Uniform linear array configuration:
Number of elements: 32
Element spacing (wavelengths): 0.75
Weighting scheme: hamming
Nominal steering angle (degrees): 45
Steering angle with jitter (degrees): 43.502
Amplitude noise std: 0.05
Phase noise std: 0.05

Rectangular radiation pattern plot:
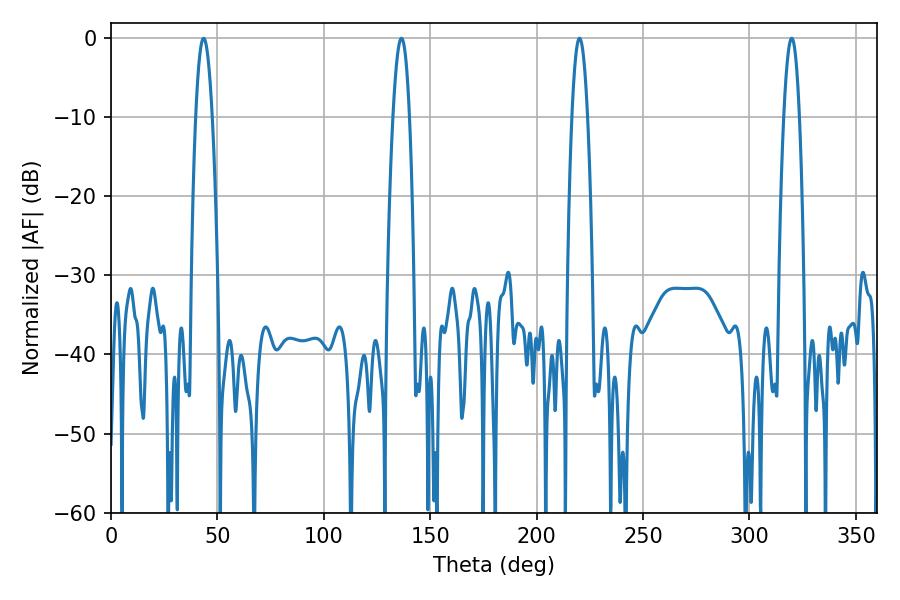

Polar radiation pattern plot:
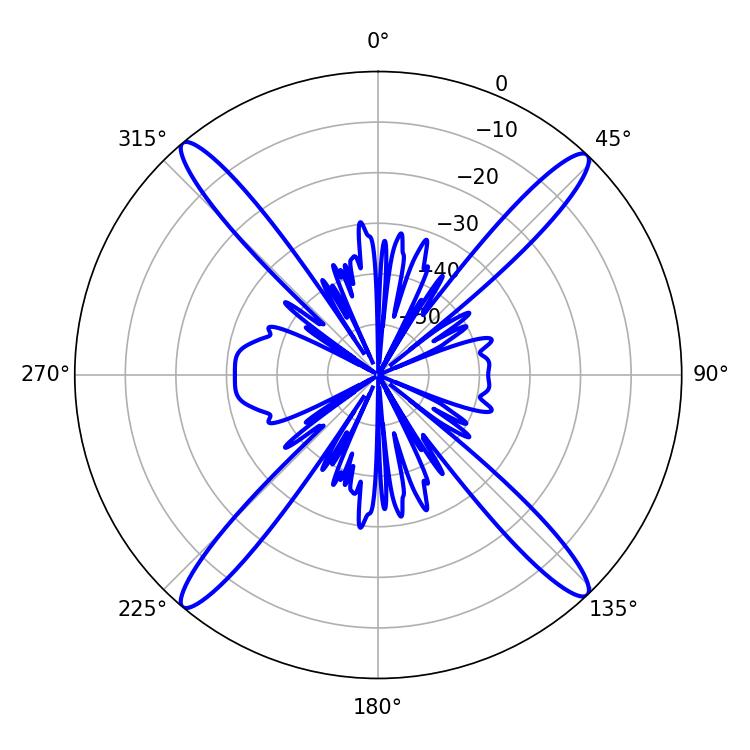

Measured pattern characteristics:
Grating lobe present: TRUE
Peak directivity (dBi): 22.105
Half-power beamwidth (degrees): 3.96
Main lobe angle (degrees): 220.14